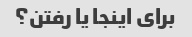
برای اینجا یا رفتن؟